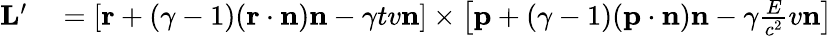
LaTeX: \begin{array}{rl}{\mathbf{L}^{\prime}}&{{}=\left[\mathbf{r}+(\gamma-1)(\mathbf{r}\cdot\mathbf{n})\mathbf{n}-\gamma tv\mathbf{n}\right]\times\left[\mathbf{p}+(\gamma-1)(\mathbf{p}\cdot\mathbf{n})\mathbf{n}-\gamma{\frac{E}{c^{2}}}v\mathbf{n}\right]}\end{array}